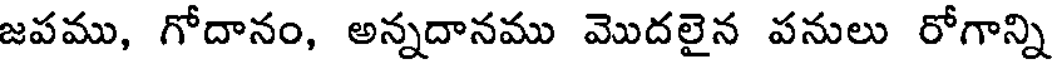
జపము, గోదానం, అన్నదానము మొదలైన పనులు రోగాన్ని